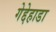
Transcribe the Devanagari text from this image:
गेद्देहाडा